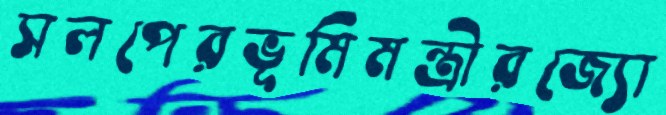
সলপেরভূমিমন্ত্রীরজ্যো